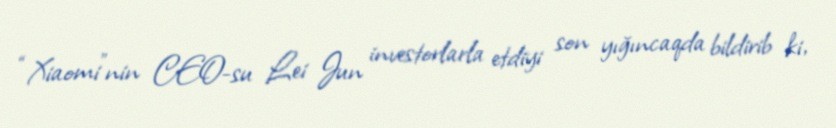
“Xiaomi”nin CEO-su Lei Jun investorlarla etdiyi son yığıncaqda bildirib ki,